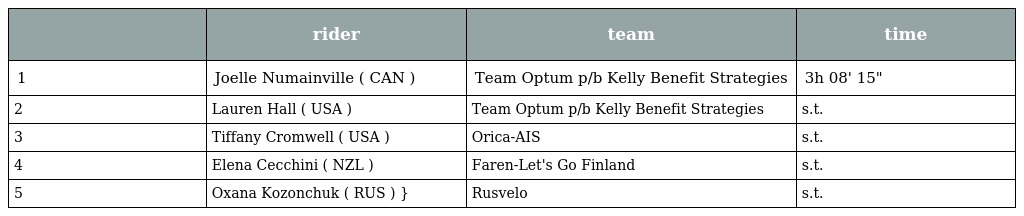
|  | rider | team | time |
 | --- | --- | --- | --- |
 | 1 | Joelle Numainville ( CAN ) | Team Optum p/b Kelly Benefit Strategies | 3h 08' 15" |
 | 2 | Lauren Hall ( USA ) | Team Optum p/b Kelly Benefit Strategies | s.t. |
 | 3 | Tiffany Cromwell ( USA ) | Orica-AIS | s.t. |
 | 4 | Elena Cecchini ( NZL ) | Faren-Let's Go Finland | s.t. |
 | 5 | Oxana Kozonchuk ( RUS ) } | Rusvelo | s.t. |